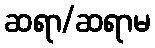
ဆရာ/ဆရာမ